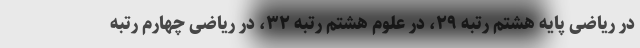
در ریاضی پایه هشتم رتبه ٢٩، در علوم هشتم رتبه ٣٢، در ریاضی چهارم رتبه